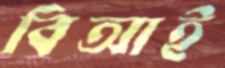
বিআই